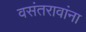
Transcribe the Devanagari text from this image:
वसंतरावांना